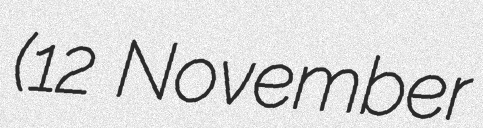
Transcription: (12 November